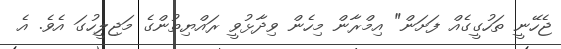
ޖެހޭނީ ތަހުގީގެއް ފަށަން" އިމްރާން މިހެން ވިދާޅުވީ ރައްޔިތުންގެ މަޖިލީހުގަ އެވެ. އެ